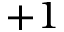
+ 1